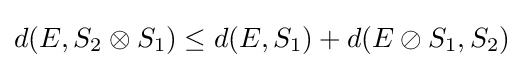
d(E,S_{2}\otimes S_{1})\leq d(E,S_{1})+d(E\oslash S_{1},S_{2})